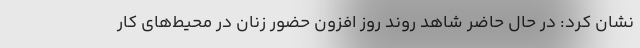
نشان کرد: در حال حاضر شاهد روند روز افزون حضور زنان در محیط‌های کار